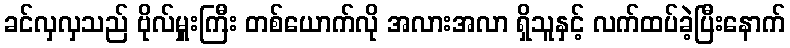
ခင်လှလှသည် ဗိုလ်မှူးကြီး တစ်ယောက်လို အလားအလာ ရှိသူနှင့် လက်ထပ်ခဲ့ပြီးနောက်